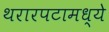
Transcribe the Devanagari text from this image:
थरारपटामध्ये